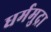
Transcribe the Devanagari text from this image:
धर्ममुद्रा